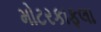
મોટરકાફલા